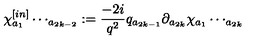
\chi _ { a { _ 1 } } ^ { [ i n ] } \cdots _ { a { _ { 2 k - 2 } } } : = \frac { - 2 i } { q ^ { 2 } } q _ { a { _ { 2 k - 1 } } } \partial _ { a { _ { 2 k } } } \chi _ { a { _ 1 } } \cdots _ { a { _ { 2 k } } }